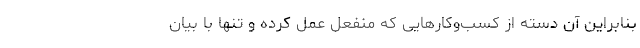
بنابراین آن دسته از کسب‌وکار‌هایی که منفعل عمل کرده و تنها با بیان